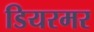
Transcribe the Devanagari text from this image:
डियरमर